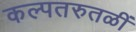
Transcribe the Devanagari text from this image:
कल्पतरुतळीं